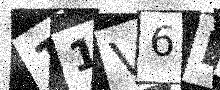
Text: 11V6B8